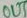
Text: OUT